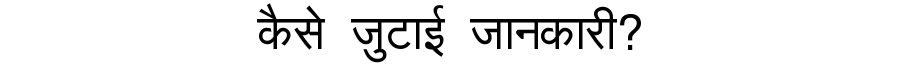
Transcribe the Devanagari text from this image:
कैसे जुटाई जानकारी?